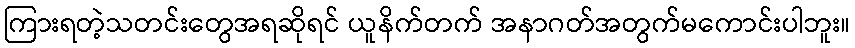
ကြားရတဲ့သတင်းတွေအရဆိုရင် ယူနိက်တက် အနာဂတ်အတွက်မကောင်းပါဘူး။